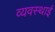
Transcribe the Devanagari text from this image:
व्यवस्थाई